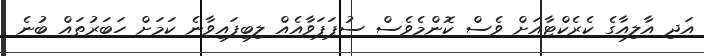
އަދި އާލިއާގެ ކެރެކްޓާއަށް ވެސް ކޮންމެވެސް ސުޕަޕަވާއެއް ލިބިފައިވާނެ ކަމަށް ހަބަރުތައް ބުނެ